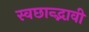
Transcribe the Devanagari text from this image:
स्वछान्द्भावी